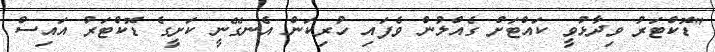
"ޑޮކްޓަރު ވިދާޅުވީ ކައްޓަށް ގެއްލުން ވެފައި ހުރިކަން އެނގޭނީ ކަށީގެ ޑޮކްޓަރު އައިސް